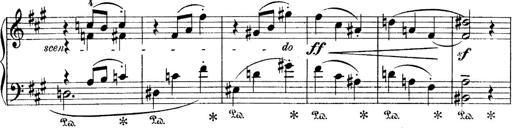
Title: 4 Sonatines
Composer: Max Reger